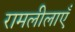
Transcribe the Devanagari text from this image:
रामलीलाएँ